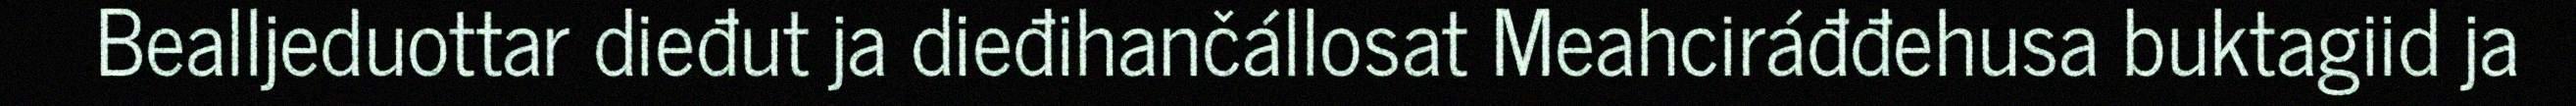
Bealljeduottar dieđut ja dieđihančállosat Meahciráđđehusa buktagiid ja